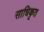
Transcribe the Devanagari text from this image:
साधिकृत